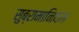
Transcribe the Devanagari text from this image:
सुब्रामानियम